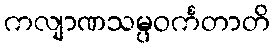
ကလျာဏသမ္ပဝင်္ကတာတိ